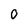
Character: 0